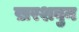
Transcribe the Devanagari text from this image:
ख़रशबुन